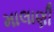
માલાણી